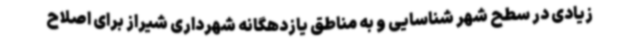
زیادی در سطح شهر شناسایی و به مناطق یازدهگانه شهرداری شیراز برای اصلاح